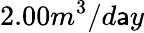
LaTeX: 2.00m^{3}/d\mathsf{a}y